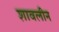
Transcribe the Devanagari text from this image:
शावलीन